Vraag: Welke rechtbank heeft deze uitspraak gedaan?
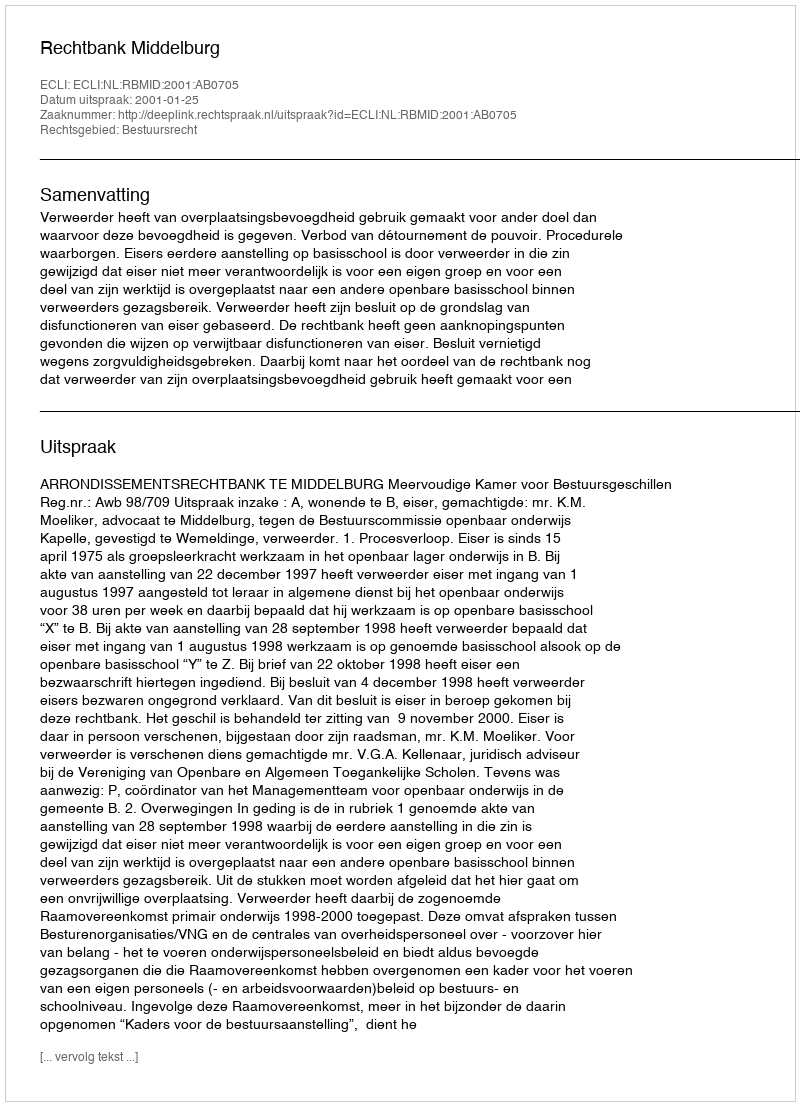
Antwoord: Rechtbank Middelburg